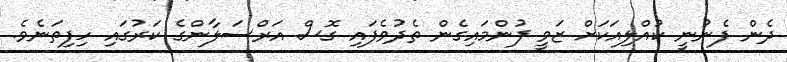
ދެން ފެނުނީ ކުއްލިއަކަށް ޒަވީ ފުންމައިގެން ތެދުވެފައި ގޮސް އަރްސަލާންގެ ކަރުގައި ހިފިތަނެވެ.